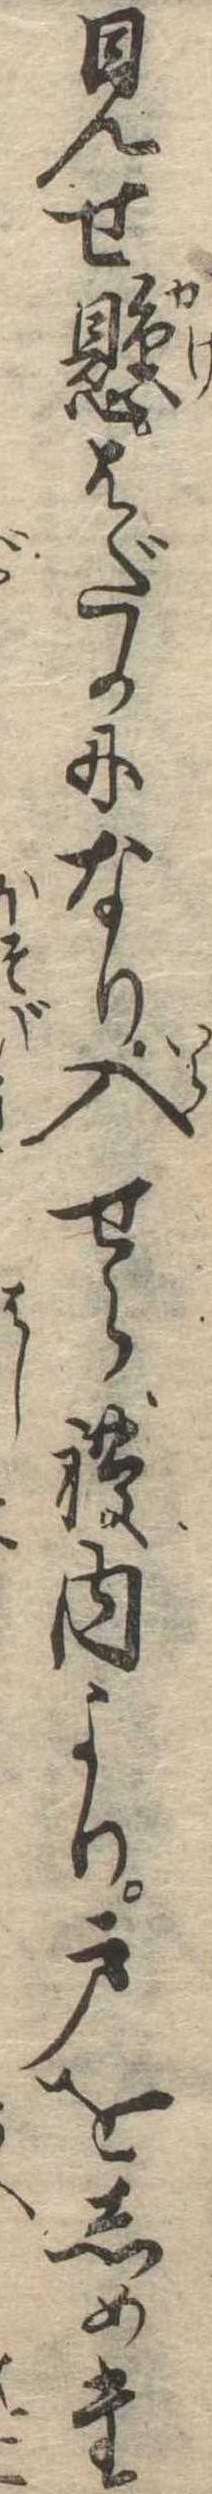
見せ懸はだかになり入せられ内より戸をしめた